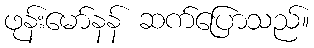
ဖုန်းမော်နန် ဆက်ပြောသည်။